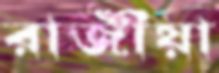
রাজীয়া